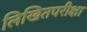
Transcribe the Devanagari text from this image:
लिखितपरीक्षा